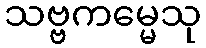
သဗ္ဗကမ္မေသု